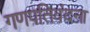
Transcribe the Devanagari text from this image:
गणपतिवंदना